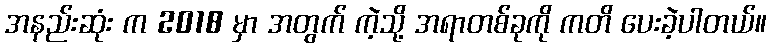
အနည်းဆုံး က 2018 မှာ အတွက် ကဲ့သို့ အရာတစ်ခုကို ကတိ ပေးခဲ့ပါတယ်။